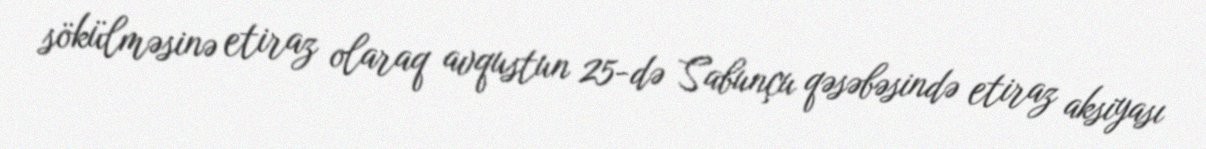
sökülməsinə etiraz olaraq avqustun 25-də Sabunçu qəsəbəsində etiraz aksiyası